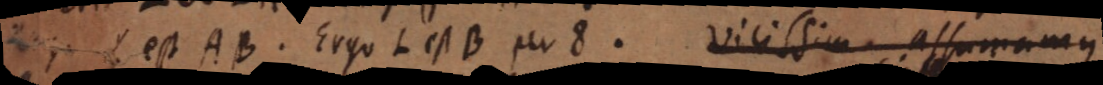
L est AB. Ergo L est B per 8. Vicissim assumamus